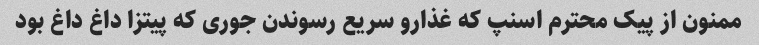
ممنون از پیک محترم اسنپ که غذارو سریع رسوندن جوری که پیتزا داغ داغ بود